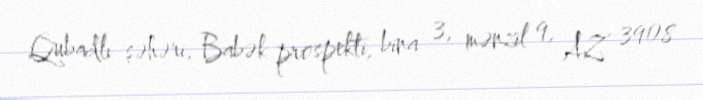
Qubadlı şəhəri, Babək prospekti, bina 3, mənzil 9, AZ 3908